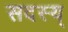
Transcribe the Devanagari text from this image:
सदस्य्